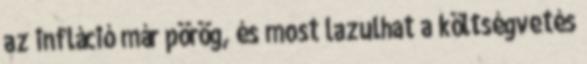
az infláció már pörög, és most lazulhat a költségvetés